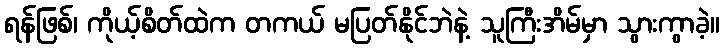
ရန်ဖြစ်၊ ကိုယ့်စိတ်ထဲက တကယ် မပြတ်နိုင်ဘဲနဲ့ သူကြီးအိမ်မှာ သွားကွာခဲ့။